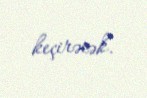
keçirəcək.